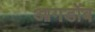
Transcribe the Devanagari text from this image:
आगडोंब